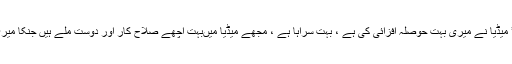
کنگنا کا کہنا ہے کہ انڈین میڈیا کے بارے میں بات کرتے ہوئے کہا کہ ’ میڈیا نے میری بہت حوصلہ افزائی کی ہے ، بہت سراہا ہے ، مجھے میڈیا میںبہت اچھے صلاح کار اور دوست ملے ہیں جنکا میری کامیابی میں بہت بڑا ہاتھ رہا ہے ، میں ان کی ہمیشہ شکرگزارر ہوگی۔